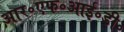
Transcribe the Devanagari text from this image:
आर॰एफ॰आई॰डी॰